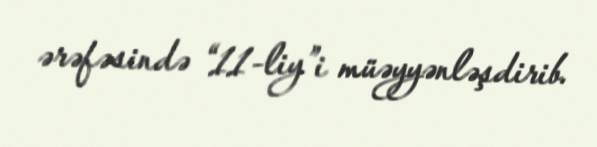
ərəfəsində “11-liy”i müəyyənləşdirib.